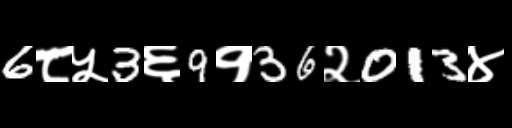
Text: 6८५3६9१36२013४